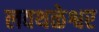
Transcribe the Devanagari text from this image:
लवथळेश्वर